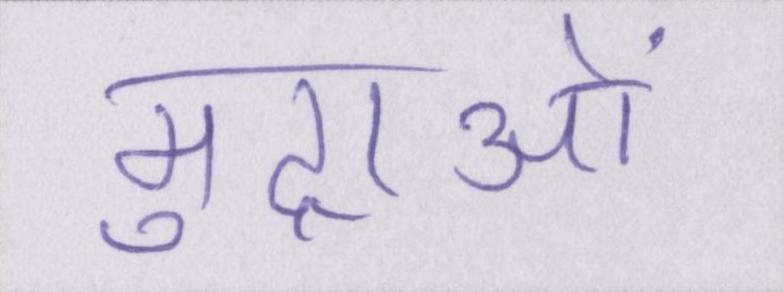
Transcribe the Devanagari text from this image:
मुद्राओं